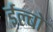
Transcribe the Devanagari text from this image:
ईल्बो